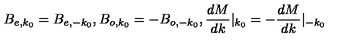
B _ { e , k _ { 0 } } = B _ { e , - k _ { 0 } } , B _ { o , k _ { 0 } } = - B _ { o , - k _ { 0 } } , \frac { d M } { d k } | _ { k _ { 0 } } = - \frac { d M } { d k } | _ { - k _ { 0 } }